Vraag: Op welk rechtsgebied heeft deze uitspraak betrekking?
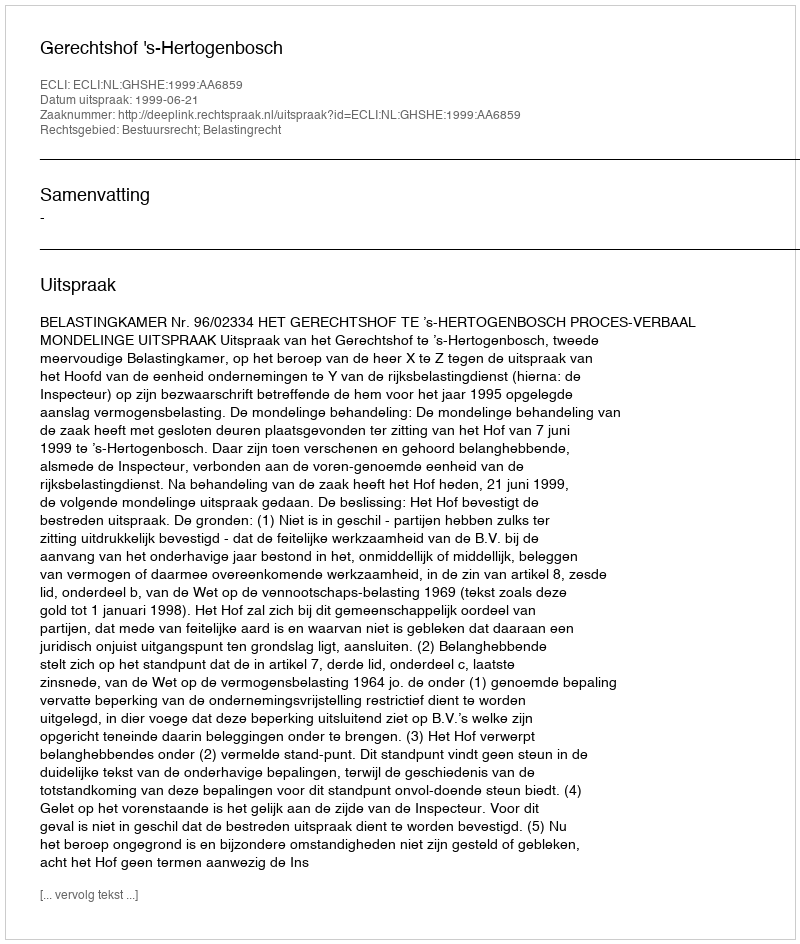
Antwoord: Bestuursrecht; Belastingrecht